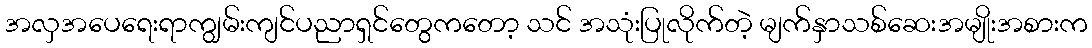
အလှအပေရေးရာကျွမ်းကျင်ပညာရှင်တွေကတော့ သင် အသုံးပြုလိုက်တဲ့ မျက်နှာသစ်ဆေးအမျိုးအစားက